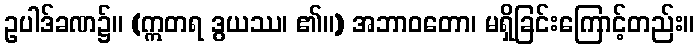
ဥပါဒ်ခဏ၌။ (ဣတရ ဒွယဿ၊ ၏။) အဘာဝတော၊ မရှိခြင်းကြောင့်တည်း။